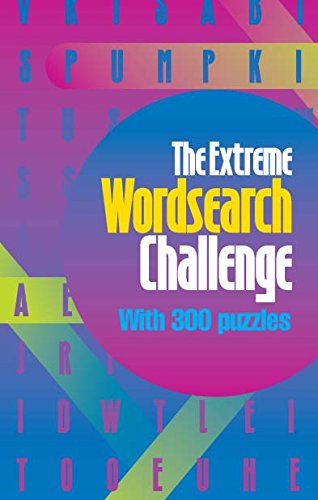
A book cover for The Extreme Wordsearch Challenge; Parragon Books; Humor & Entertainment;